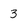
Character: 3